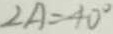
\angle A = 4 0 ^ { \circ }